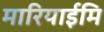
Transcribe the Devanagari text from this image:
मारियाईमि